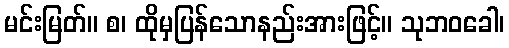
မင်းမြတ်။ စ၊ ထိုမှပြန်သောနည်းအားဖြင့်။ သုဘဝခေါ၊